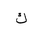
Letter: _kaf